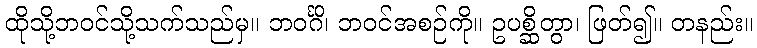
ထိုသို့ဘဝင်သို့သက်သည်မှ။ ဘဝင်္ဂိ၊ ဘဝင်အစဉ်ကို။ ဥပစ္ဆိတွာ၊ ဖြတ်၍။ တနည်း။